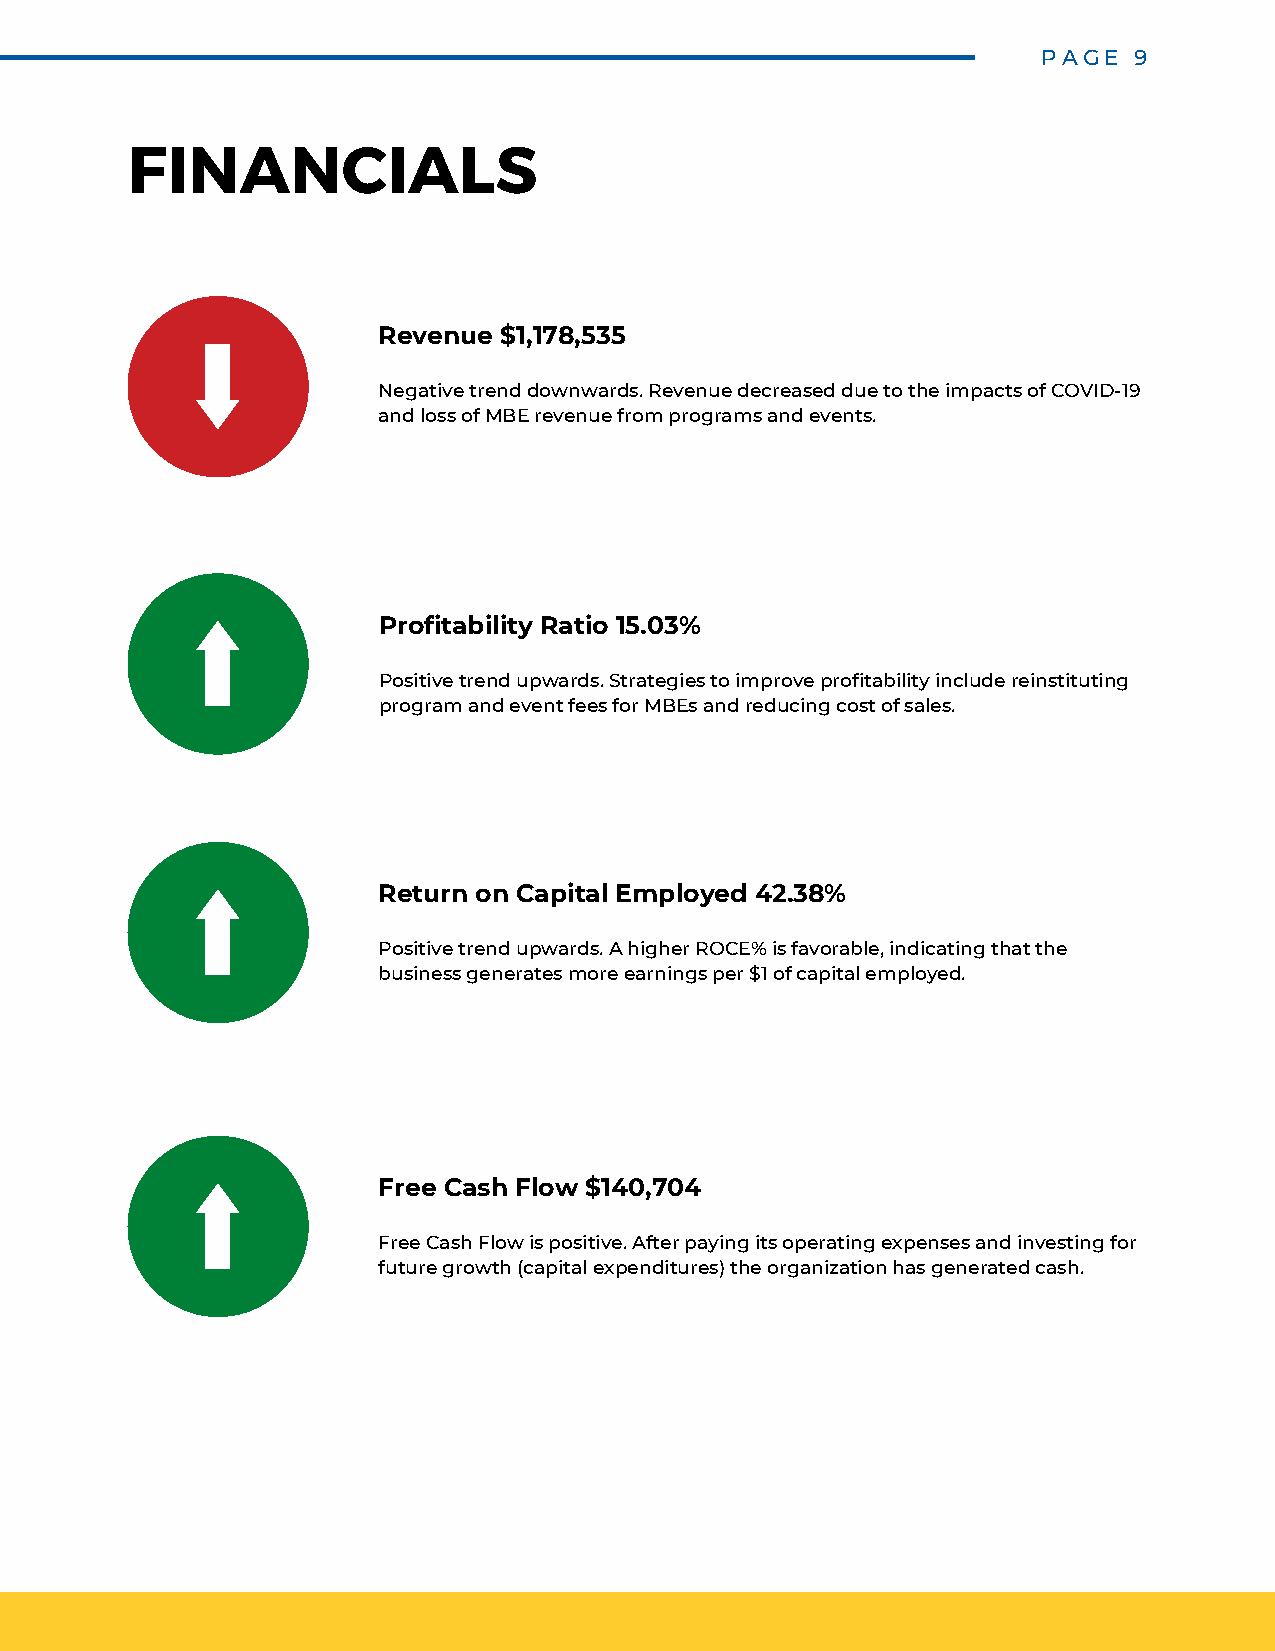
PAGE  9
 FINANCIALS
 Revenue $1,178,535
 Negative trend downwards. Revenue decreased due to the impacts of COVID-19
 and loss of MBE revenue from programs and events.
 Profitability Ratio 15.03%
 Positive trend upwards. Strategies to improve profitability include reinstituting
 program and event fees for MBEs and reducing cost of sales.
 Return on Capital Employed 42.38%
 Positive trend upwards. A higher ROCE% is favorable, indicating that the
 business generates more earnings per $1 of capital employed.
 Free Cash Flow $140,704
 Free Cash Flow is positive. After paying its operating expenses and investing for
 future growth (capital expenditures) the organization has generated cash.